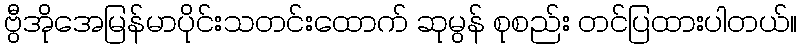
ဗွီအိုအေမြန်မာပိုင်းသတင်းထောက် ဆုမွန် စုစည်း တင်ပြထားပါတယ်။